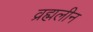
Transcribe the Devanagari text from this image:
व्रह्मलीन